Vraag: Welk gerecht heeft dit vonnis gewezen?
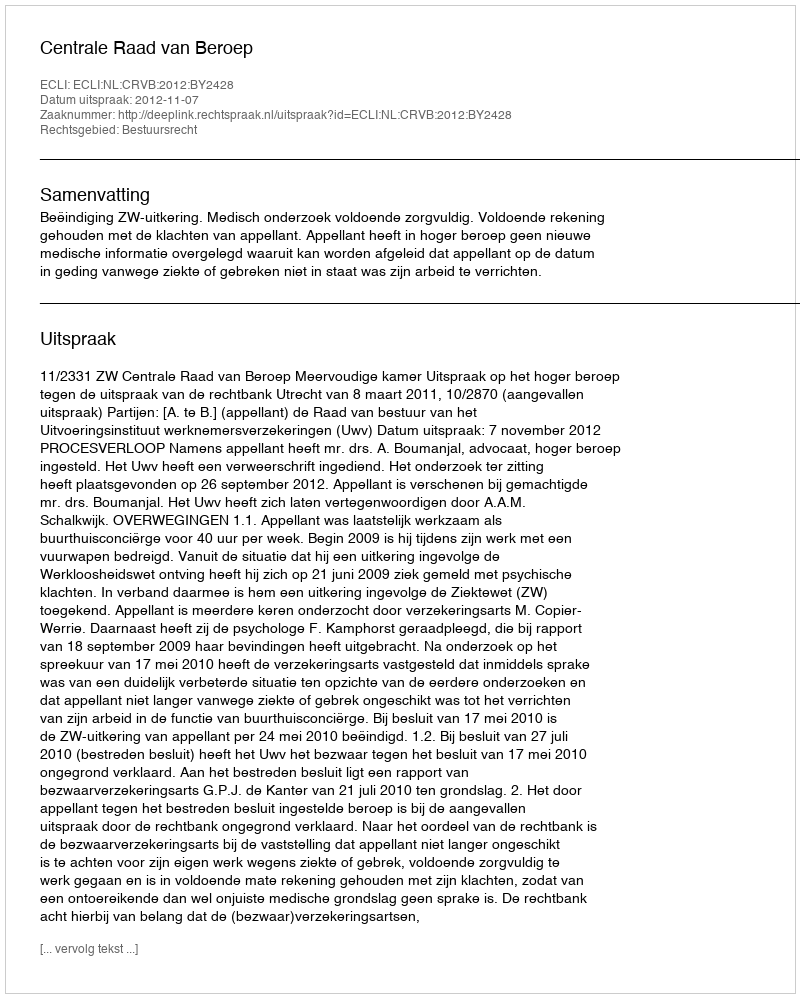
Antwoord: Centrale Raad van Beroep